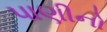
પાણીનો